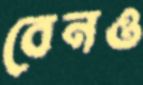
বেনও